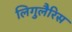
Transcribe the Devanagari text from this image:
लिगुलैरिस